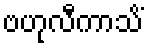
ဗဟုလီကာသိံ